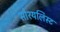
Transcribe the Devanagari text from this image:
सोश्यलिस्ट